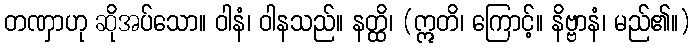
တဏှာဟု ဆိုအပ်သော။ ဝါနံ၊ ဝါနသည်။ နတ္ထိ၊ (ဣတိ၊ ကြောင့်။ နိဗ္ဗာနံ၊ မည်၏။)